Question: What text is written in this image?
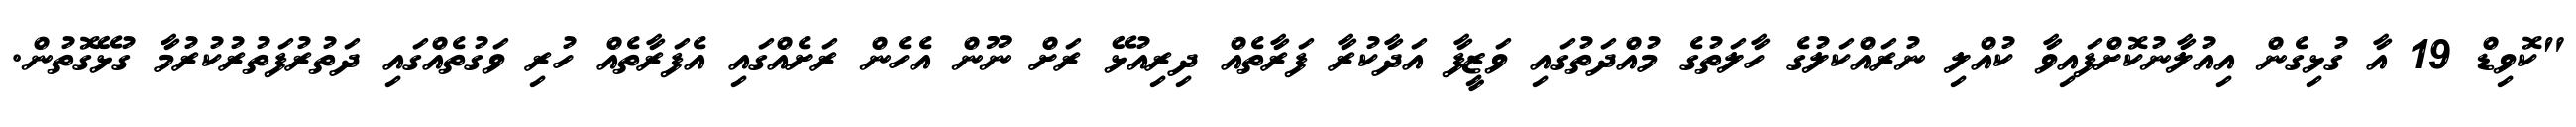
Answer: "ކޮވިޑް 19 އާ ގުޅިގެން އިއުލާނުކޮށްފައިވާ ކުއްލި ނުރައްކަލުގެ ހާލަތުގެ މުއްދަތުގައި ވަޒީފާ އަދާކުރާ ފަރާތެއް ދިރިއުޅޭ ރަށް ނޫން އެހެން ރަށެއްގައި އެފަރާތެއް ހުރި ވަގުތެއްގައި ދަތުރުފަތުރުކުރުމާ ގުޅޭގޮތުން.